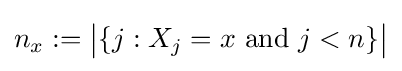
n_{x}:={\bigl |}\{j:X_{j}=x{\text{ and }}j<n\}{\bigr |}